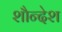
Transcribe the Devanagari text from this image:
शौन्देश